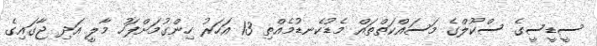
ސީޑީސީގެ ސްކޫލްގެ މަސައްކަތްތައް މެޑުކެނޑުމެއްތި 13 އަހަރު ހިންގުމަށްފަހު މާލީ އަދި ޖާގައިގެ